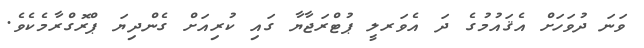
ވަނަ ދުވަހަށް އެޤައުމުގެ ދަ އެވަރލީ ޕުޓްރަޖާޔާ ގައި ކުރިއަށް ގެންދިޔަ ޕްރޮގްރާމެކެވެ.